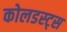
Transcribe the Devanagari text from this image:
कोलडस्ट्स